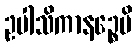
ဥပါသိကာနဉ္စေပိ